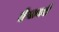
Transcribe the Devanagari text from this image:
हेसबर्ट